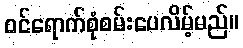
ဝင်ရောက်စုံစမ်းပေလိမ့်မည်။